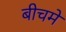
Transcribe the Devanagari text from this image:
बीचमे